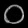
Digit: ၀